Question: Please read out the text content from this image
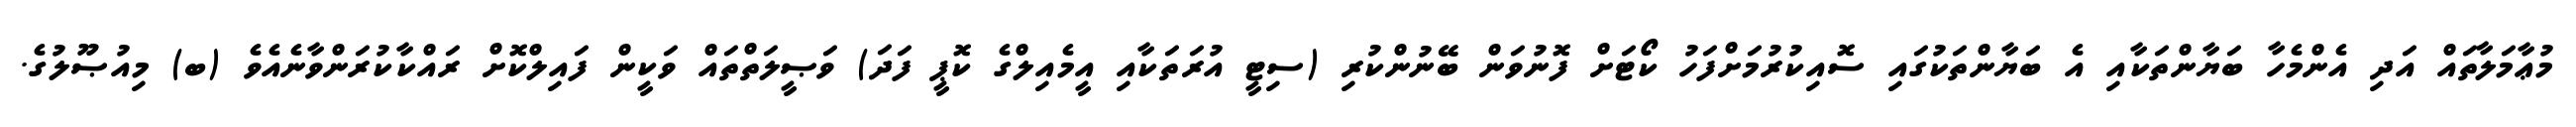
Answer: މުޢާމަލާތައް އަދި އެންމެހާ ބަޔާންތަކާއި އެ ބަޔާންތަކުގައި ސޮއިކުރުމަށްފަހު ކޯޓަށް ފޮނުވަން ބޭނުންކުރި (ސިޓީ އުރަތަކާއި އީމެއިލްގެ ކޮޕީ ފަދަ) ވަޞީލަތްތައް ވަކީން ފައިލްކޮށް ރައްކާކުރަންވާނެއެވެ (ބ) މިއުޞޫލުގެ.